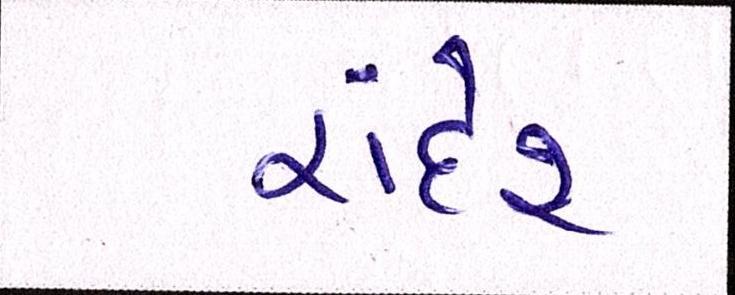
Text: રાંદેર